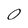
Character: 0